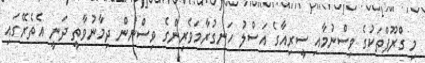
މި ގްރޫޕްތަކުގެ ވިސްނުމާއި ސީރިއާގެ އަސްލު ހަނގުރާމަވެރިންގެ ވިސްނުން ދިމާނުވާތީ ދަނީ އެތެރޭގައި